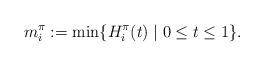
LaTeX: \begin{align*}m^\pi_i:=\mathrm{min}\{H^\pi_i(t) \mid 0\leq t \leq 1\}.\end{align*}